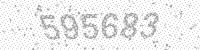
Solution: 595683